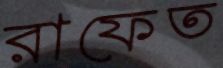
রাফেত